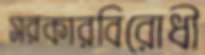
সরকারবিরোধী